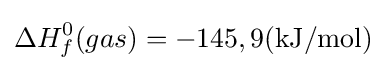
\Delta H_{f}^{0}(gas)=-145,9(\mathrm {kJ/mol} )